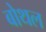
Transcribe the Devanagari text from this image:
बोथल